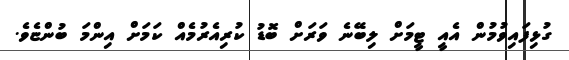
ގުޅިފައިވުމުން އެއީ ޓީމަށް ލިބޭނެ ވަރަށް ބޮޑު ކުރިއެރުމެއް ކަމަށް އިންމަ ބުންޏެވެ.